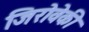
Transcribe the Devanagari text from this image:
जिरोवेकी